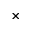
\times